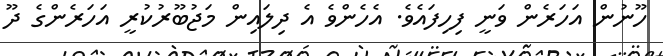
ހޫނުން އަހަރެން ވަނީ ފިހިފައެވެ. އެހެންވެ އެ ދިލައިން މަޖުބޫރުކުރީ އަހަރެންގެ ދޫ